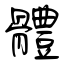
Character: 體